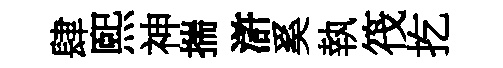
肆煕神揣滸奚執筏扢